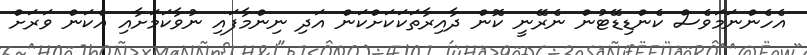
އެހެންނަމަވެސް ކެންޑިޑޭޓުން ނެރޭނީ ކޮން ދާއިރާތަކަކަށްކަން އަދި ނިންމާފައި ނުވާކަމަށާއި އެކަން ވަރަށް